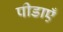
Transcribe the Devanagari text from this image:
पीडाएँ